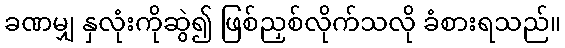
ခဏမျှ နှလုံးကိုဆွဲ၍ ဖြစ်ညှစ်လိုက်သလို ခံစားရသည်။